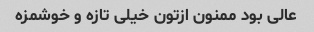
عالی بود ممنون ازتون خیلی تازه و خوشمزه